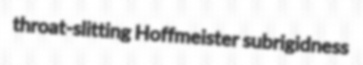
throat-slitting Hoffmeister subrigidness